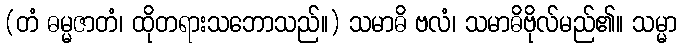
(တံ ဓမ္မဇာတံ၊ ထိုတရားသဘောသည်။) သမာဓိ ဗလံ၊ သမာဓိဗိုလ်မည်၏။ သမ္မာ